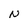
Character: N